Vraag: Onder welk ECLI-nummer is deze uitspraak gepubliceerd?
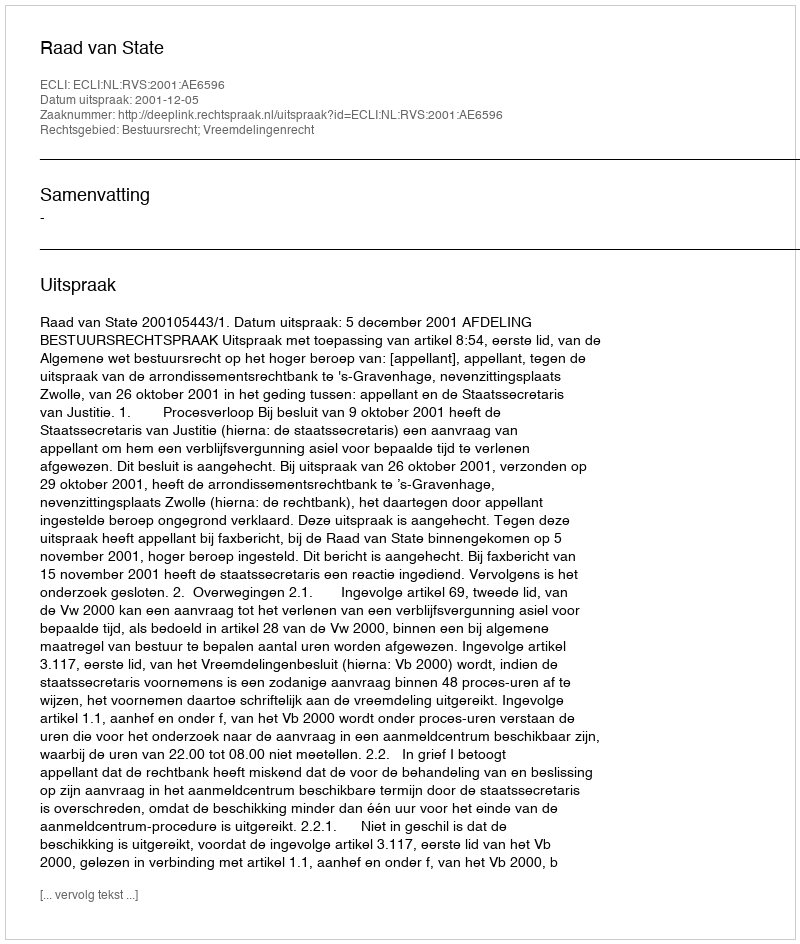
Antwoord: ECLI:NL:RVS:2001:AE6596